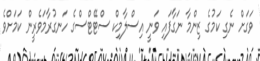
ވަގަށް ނެގި ކަމުގެ ޒިންމާ ނަގާފައި ވަނީ އިސްލާމިކް ސްޓޭޓްސްގެ ހަނގުރާމަވެރީން ކަމަށްވެ